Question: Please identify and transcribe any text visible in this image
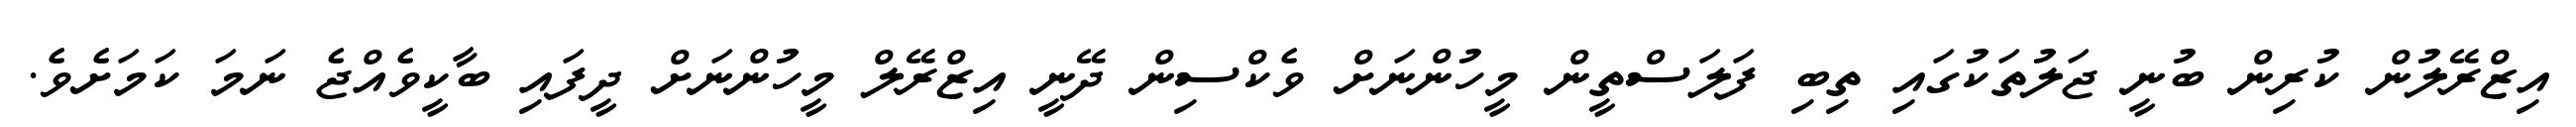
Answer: އިޒްރޭލުން ކުރިން ބުނީ ޖަލުތަކުގައި ތިބި ފަލަސްތީން މީހުންނަށް ވެކްސިން ދޭނީ އިޒްރޭލް މީހުންނަށް ދީފައި ބާކީވެއްޖެ ނަމަ ކަމަށެވެ.